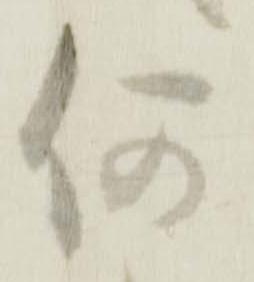
何